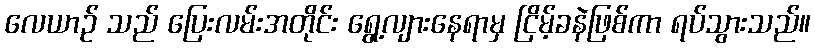
လေယာဉ် သည် ပြေးလမ်းအတိုင်း ရွေ့လျားနေရာမှ ငြိမ့်ခနဲဖြစ်ကာ ရပ်သွားသည်။